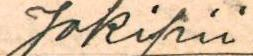
Jokipii